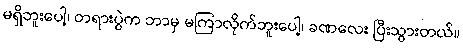
မရှိဘူးပေါ့၊ တရားပွဲက ဘာမှ မကြာလိုက်ဘူးပေါ့၊ ခဏလေး ပြီးသွားတယ်။